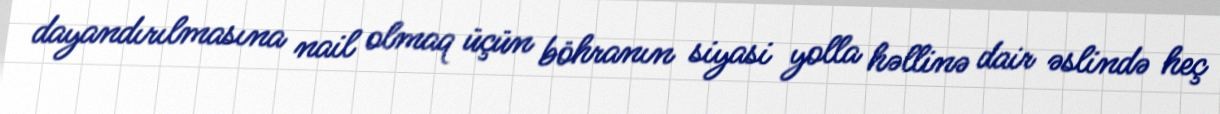
dayandırılmasına nail olmaq üçün böhranın siyasi yolla həllinə dair əslində heç